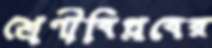
শ্রেণীবিপ্লবের